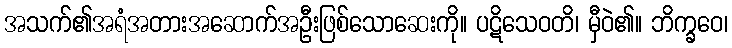
အသက်၏အရံအတားအဆောက်အဦးဖြစ်သောဆေးကို။ ပဋိသေဝတိ၊ မှီဝဲ၏။ ဘိက္ခဝေ၊